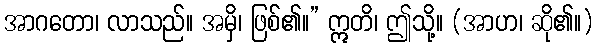
အာဂတော၊ လာသည်။ အမှိ၊ ဖြစ်၏။” ဣတိ၊ ဤသို့။ (အာဟ၊ ဆို၏။)